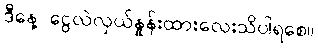
ဒီနေ့ ငွေလဲလှယ်နှုန်းထားလေးသိပါရစေ။